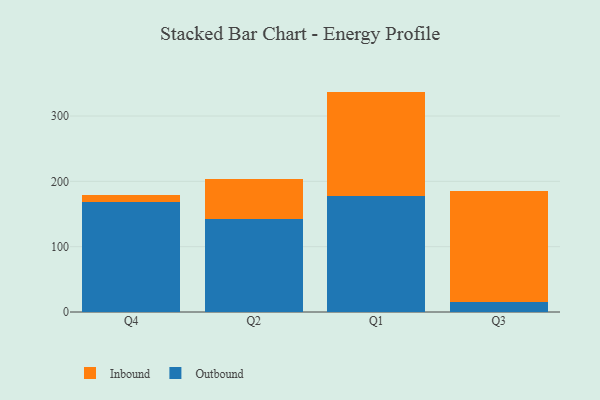
{"axis": {"x": "Quarter", "y": "Shipments"}, "legend": ["Inbound", "Outbound"], "data": [{"x": "Q4", "y": 169.1, "type": "Outbound"}, {"x": "Q4", "y": 9.6, "type": "Inbound"}, {"x": "Q2", "y": 141.7, "type": "Outbound"}, {"x": "Q2", "y": 62.4, "type": "Inbound"}, {"x": "Q1", "y": 177.3, "type": "Outbound"}, {"x": "Q1", "y": 160.1, "type": "Inbound"}, {"x": "Q3", "y": 15.4, "type": "Outbound"}, {"x": "Q3", "y": 170.3, "type": "Inbound"}]}